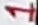
Text: 1